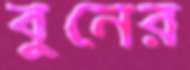
বুনের